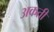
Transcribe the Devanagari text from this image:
अकती